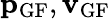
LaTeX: {\mathbf p}_{\textrm{GF}},{\mathbf v}_{\textrm{GF}}